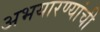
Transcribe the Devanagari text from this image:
अभयारण्यांची